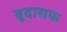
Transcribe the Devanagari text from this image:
बुदासफ